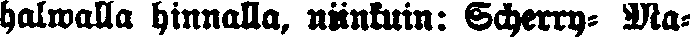
halwlla hinnalla, niinkuin: Scherry- Ma-